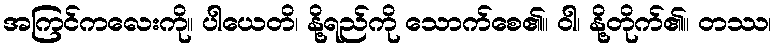
အကြင်ကလေးကို။ ပါယေတိ၊ နို့ရည်ကို သောက်စေ၏။ ဝါ၊ နို့တိုက်၏။ တဿ၊